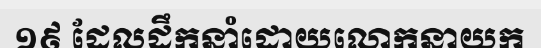
១៩ ដែលដឹកនាំដោយលោកនាយក